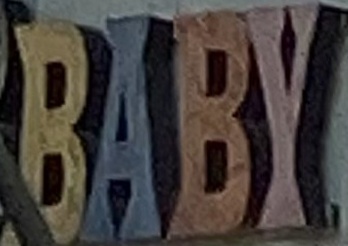
BABY